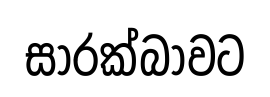
සාරක්බාවට